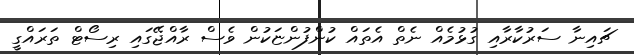
ޗައިނާ ސަރުކާރާއި ގުޅުމެއް ނެތް އެތައް ކުންފުންޏަކުން ވެސް ރާއްޖޭގައި ރިސޯޓް ތަރައްގީ